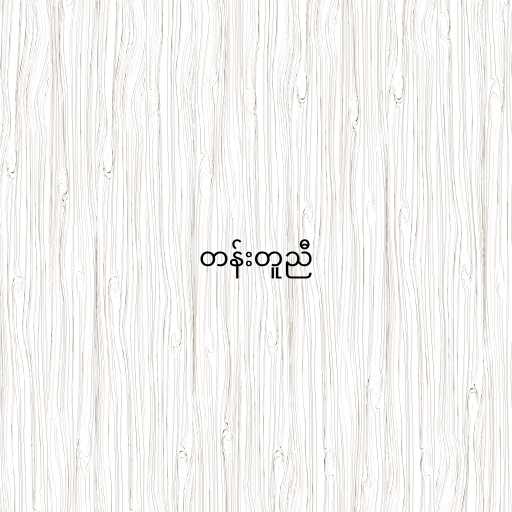
တန်းတူညီ